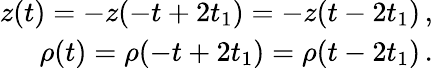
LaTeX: \begin{array}{r}{z(t)=-z(-t+2t_{1})=-z(t-2t_{1})\, ,}\\ {\rho(t)=\rho(-t+2t_{1})=\rho(t-2t_{1})\, .}\end{array}